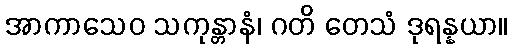
အာကာသေဝ သကုန္တာနံ၊ ဂတိ တေသံ ဒုရန္နယာ။